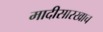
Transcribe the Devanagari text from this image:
मादीसारखाच